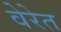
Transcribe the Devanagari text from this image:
वेरेत